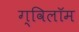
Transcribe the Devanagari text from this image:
ग्विलॉम